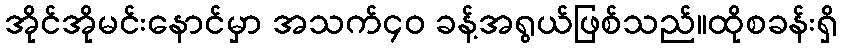
အိုင်အိုမင်းနောင်မှာ အသက်၄၀ ခန့်အရွယ်ဖြစ်သည်။ထိုစခန်းရှိ